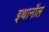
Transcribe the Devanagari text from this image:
इथानॉल